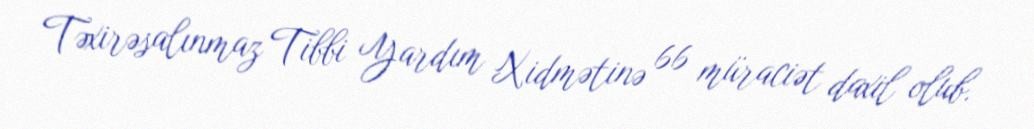
Təxirəsalınmaz Tibbi Yardım Xidmətinə 66 müraciət daxil olub.